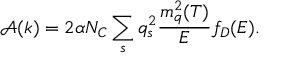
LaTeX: \mathcal { A } ( k ) = 2 \alpha N _ { C } \sum _ { s } q _ { s } ^ { 2 } \frac { m _ { q } ^ { 2 } ( T ) } { E } f _ { D } ( E ) .